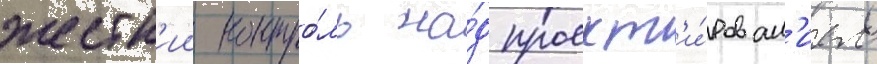
жестк'ии контро́ль на́д проект'и́рован'ием